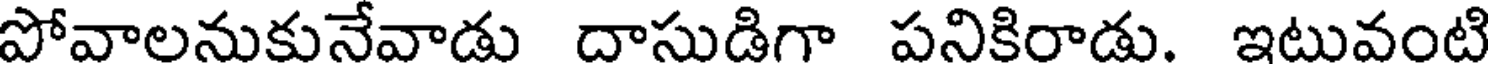
పోవాలనుకునేవాడు దాసుడిగా పనికిరాడు. ఇటువంటి